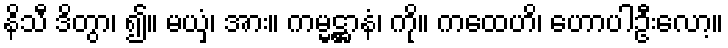
နိသီ ဒိတွာ၊ ၍။ မယှံ၊ အား။ ကမ္မဋ္ဌာနံ၊ ကို။ ကထေဟိ၊ ဟောပါဦးလော့။